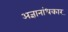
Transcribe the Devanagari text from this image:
अज्ञानांधकार